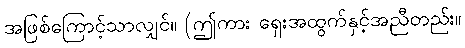
အဖြစ်ကြောင့်သာလျှင်။ (ဤကား ရှေးအထွက်နှင့်အညီတည်း။